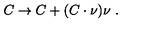
C \to C + ( C \cdot \nu ) \nu \ .